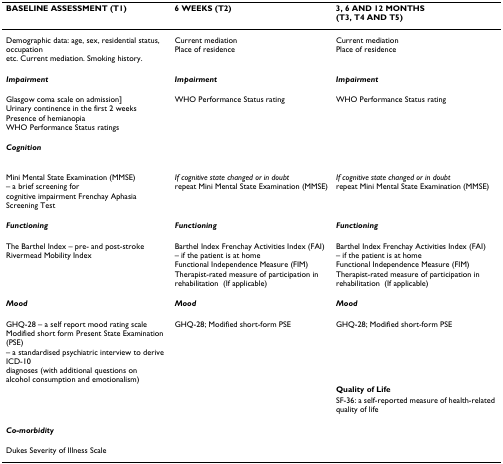
| BASELINE ASSESSMENT (T1) | 6 WEEKS (T2) | 3, 6 AND 12 MONTHS(T3, T4 AND T5) |
 | --- | --- | --- |
 | Demographic data: age, sex, residential status, occupation etc. Current mediation. Smoking history. | Current mediationPlace of residence | Current mediationPlace of residence |
 | Impairment | Impairment | Impairment |
 | Glasgow coma scale on admission]Urinary continence in the first 2 weeksPresence of hemianopiaWHO Performance Status ratings | WHO Performance Status rating | WHO Performance Status rating |
 | Cognition |  |  |
 | Mini Mental State Examination (MMSE) – a brief screening for cognitive impairment Frenchay Aphasia Screening Test | If cognitive state changed or in doubt repeat Mini Mental State Examination (MMSE) | If cognitive state changed or in doubt repeat Mini Mental State Examination (MMSE) |
 | Functioning | Functioning | Functioning |
 | The Barthel Index – pre- and post-strokeRivermead Mobility Index | Barthel Index Frenchay Activities Index (FAI) – if the patient is at homeFunctional Independence Measure (FIM)Therapist-rated measure of participation in rehabilitation(If applicable) | Barthel Index Frenchay Activities Index (FAI) – if the patient is at homeFunctional Independence Measure (FIM)Therapist-rated measure of participation in rehabilitation(If applicable) |
 | Mood | Mood | Mood |
 | GHQ-28 – a self report mood rating scaleModified short form Present State Examination (PSE)– a standardised psychiatric interview to derive ICD-10 diagnoses (with additional questions on alcohol consumption and emotionalism) | GHQ-28; Modified short-form PSE | GHQ-28; Modified short-form PSE |
 |  |  | Quality of Life |
 |  |  | SF-36: a self-reported measure of health-related quality of life |
 | Co-morbidity |  |  |
 | Dukes Severity of Illness Scale |  |  |